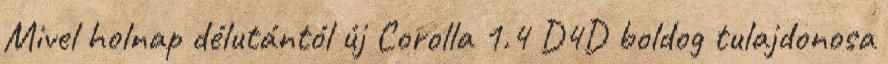
Mivel holnap délutántól új Corolla 1.4 D4D boldog tulajdonosa